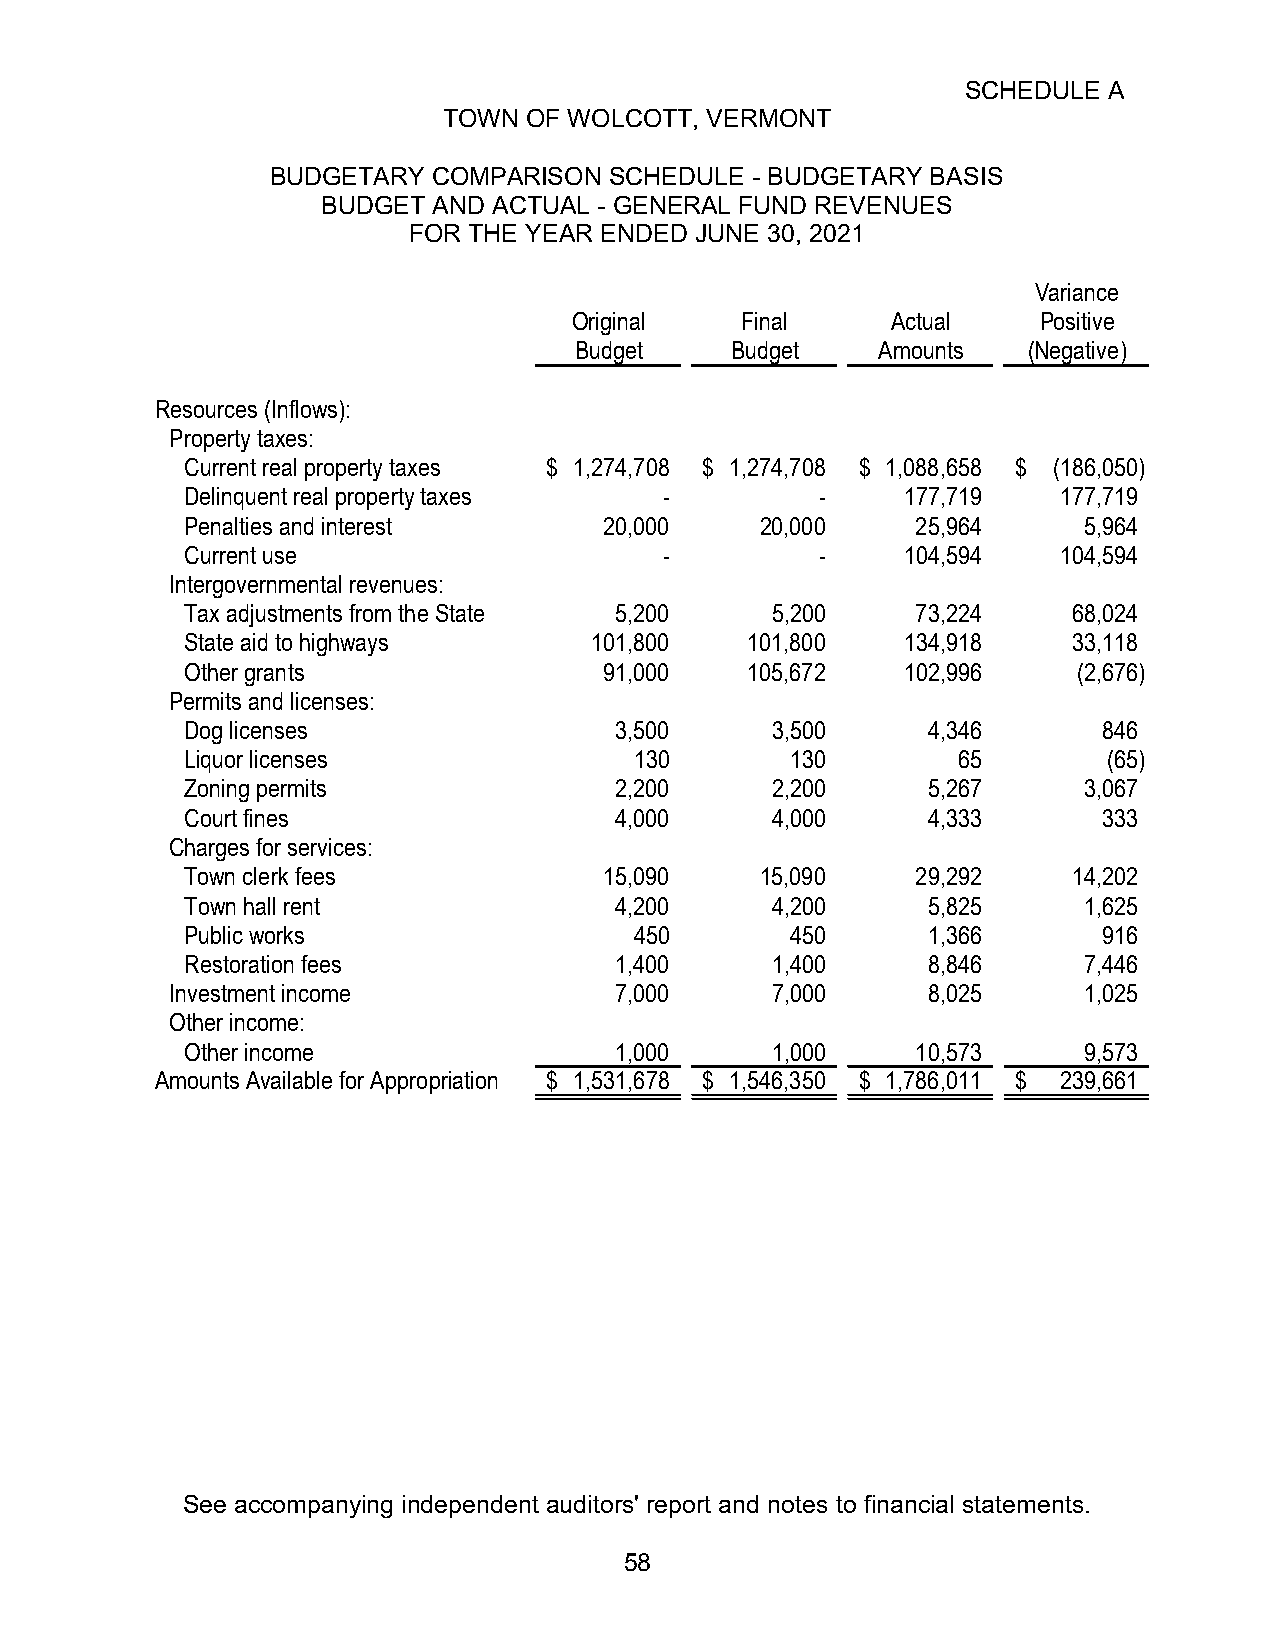
SCHEDULE A
 TOWN  OF WOLCOTT, VERMONT
 BUDGETARY  COMPARISON SCHEDULE  - BUDGETARY BASIS
 BUDGET  AND ACTUAL - GENERAL FUND REVENUES
 FOR THE YEAR ENDED JUNE 30, 2021
 Variance
 Original   Final     Actual    Positive
 Budget    Budget    Amounts   (Negative)
 Resources (Inflows):
 Property taxes:
 Current real property taxes $ 1,274,708 $ 1,274,708 $ 1,088,658 $ (186,050)
 Delinquent real property taxes  -         -     177,719   177,719
 Penalties and interest      20,000    20,000     25,964     5,964
 Current use                     -         -     104,594   104,594
 Intergovernmental revenues:
 Tax adjustments from the State 5,200   5,200     73,224    68,024
 State aid to highways      101,800   101,800    134,918    33,118
 Other grants                91,000   105,672    102,996    (2,676)
 Permits and licenses:
 Dog licenses                 3,500     3,500     4,346       846
 Liquor licenses               130       130        65        (65)
 Zoning permits               2,200     2,200     5,267      3,067
 Court fines                  4,000     4,000     4,333       333
 Charges for services:
 Town clerk fees             15,090    15,090     29,292    14,202
 Town hall rent               4,200     4,200     5,825      1,625
 Public works                  450       450      1,366       916
 Restoration fees             1,400     1,400     8,846      7,446
 Investment income             7,000     7,000     8,025      1,025
 Other income:
 Other income                 1,000     1,000     10,573     9,573
 Amounts Available for Appropriation $ 1,531,678 $ 1,546,350 $ 1,786,011 $ 239,661
 See accompanying independent auditors' report and notes to financial statements.
 58